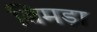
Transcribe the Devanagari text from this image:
बिमड़ा